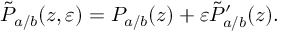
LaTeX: \tilde { P } _ { a / b } ( z , \varepsilon ) = P _ { a / b } ( z ) + \varepsilon \tilde { P } _ { a / b } ^ { \prime } ( z ) .